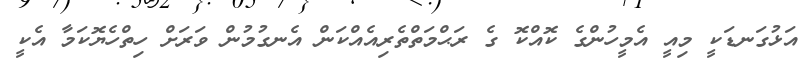
އަޅުގަނޑަކީ މިއީ އެމީހުންގެ ކޮއްކޮ ގެ ރަޙްމަތްތެރިއެއްކަން އެނގުމުން ވަރަށް ހިތްހެޔޮކަމާ އެކީ